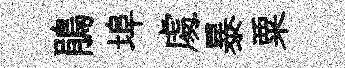
鵑埠䖏暴粟